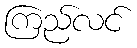
ကြည်လင်